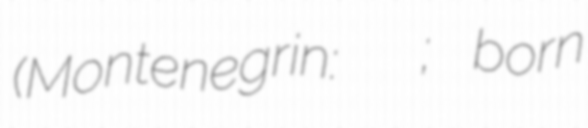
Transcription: (Montenegrin: Милан Пуровић; born